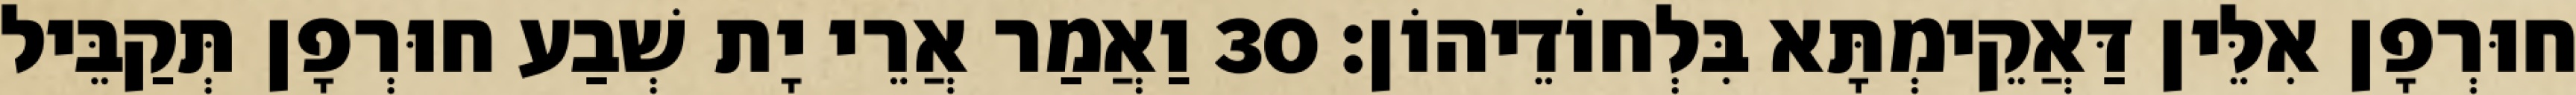
חוּרְפָן אִלֵּין דַּאֲקֵימְתָּא בִּלְחוֹדֵיהוֹן׃ 30 וַאֲמַר אֲרֵי יָת שְׁבַע חוּרְפָן תְּקַבֵּיל